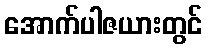
အောက်ပါဇယားတွင်